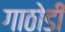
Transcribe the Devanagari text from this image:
गाठोडीं